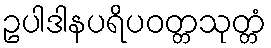
ဥပါဒါနပရိပဝတ္တသုတ္တံ